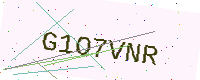
Text: G1O7VNR